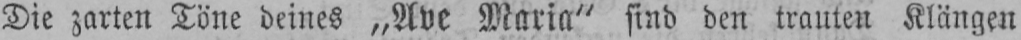
Die zarten Töne deines „Ave Maria“ sind den trauten Klängen